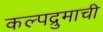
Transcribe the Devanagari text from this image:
कल्पद्रुमाची